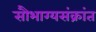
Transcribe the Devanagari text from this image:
सौभाग्यसंक्रांत